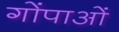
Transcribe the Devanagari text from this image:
गोंपाओं